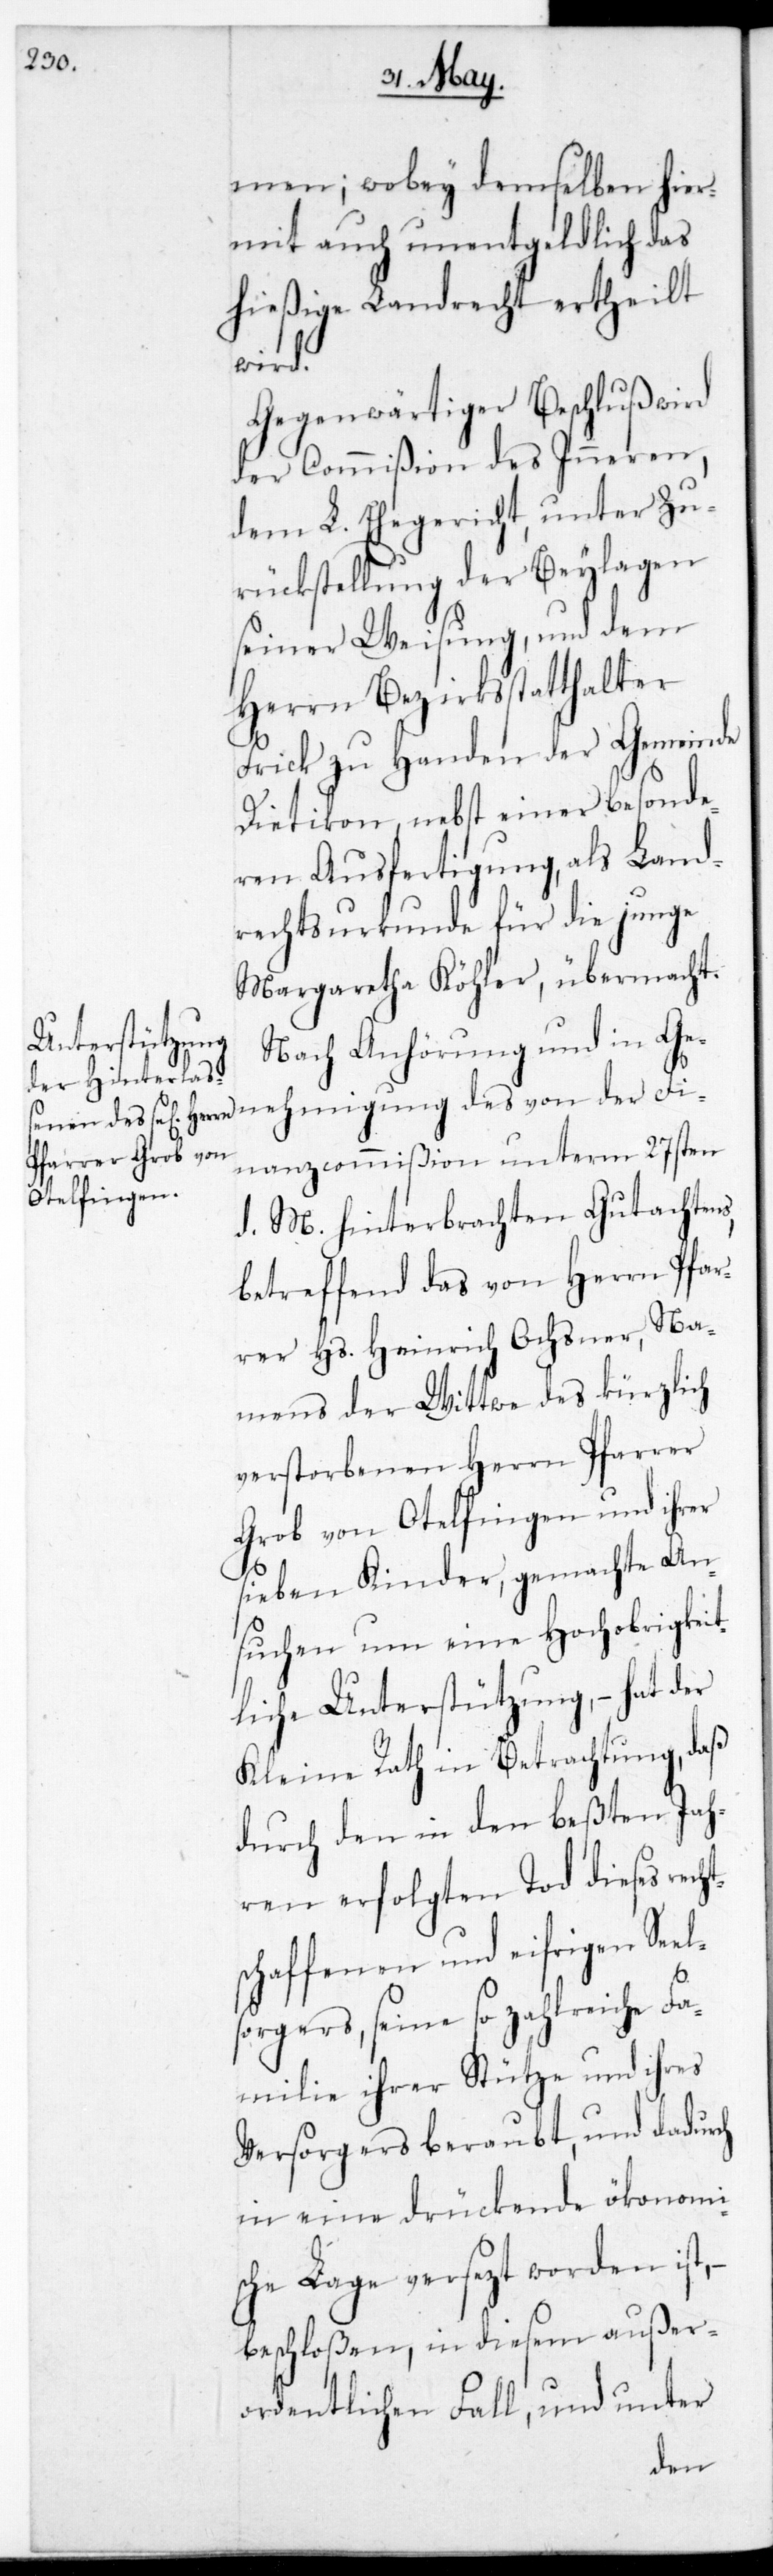
men; wobey demselben hier¬
mit auch unentgeldlich das
hießige Landrecht ertheilt
wird.
Gegenwärtiger Beschluß wird
der Commißion des Inneren,
dem L. Ehegericht, unter Zu¬
rückstellung der Beylagen
seiner Weisung, und dem
Herrn Bezirksstatthalter
Frick zu Handen der Gemeinde
Dietikon, nebst einer besonde¬
ren Ausfertigung als Land¬
rechtsurkunde für die junge
Margaretha Köhler übermacht.
Nach Anhörung und in Ge¬
nehmigung des von der Fi¬
nanzcommißion unterm 27sten
d. M. hinterbrachten Gutachtens,
betreffend das von Herrn Pfar¬
rer Hs. Heinrich Ochsner, na¬
mens der Wittwe des kürzlich
verstorbenen Herrn Pfarrer
Grob von Otelfingen und ihrer
sieben Kinder, gemachte An¬
suchen um eine Hochobrigkeit¬
liche Unterstützung, – hat der
Kleine Rath in Betrachtung, daß
durch den in den beßten Jah¬
ren erfolgten Tod dieses recht¬
schaffenen und eifrigen Seel¬
sorgers, seine so zahlreiche Fa¬
milie ihrer Stütze und ihres
Versorgers beraubt, und dadurch
in eine drückende ökonomi¬
sche Lage versetzt worden ist,
beschloßen, in diesem außer¬
ordentlichen Fall, und unter